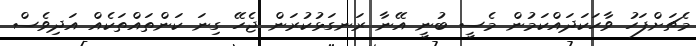
މެޗަށްފަހު ވާހަކަދައްކަމުން މެސީ ބުނީ އޭނާ ރަނގަޅުކުރަން ޖެހޭ ގިނަ ކަންތައްތަކެއް އަދިވެސް